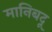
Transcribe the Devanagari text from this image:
मानिबदू